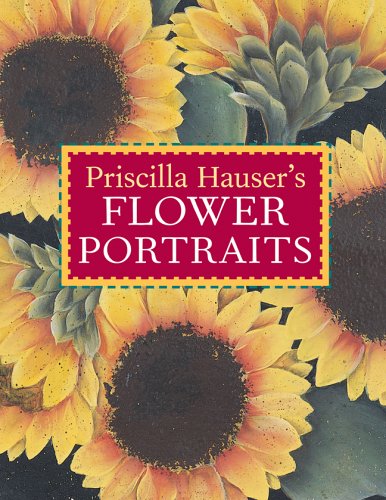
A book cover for Priscilla Hauser's Flower Portraits; Priscilla Hauser; Arts & Photography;